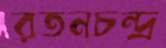
রতনচন্দ্র